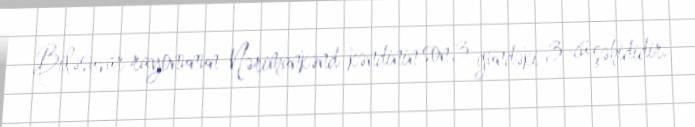
Biləsuvar rayonunun Nərimankənd kəndinin son 3 gündəki 3-cü şəhididir.